Leaving Certificate, 1901
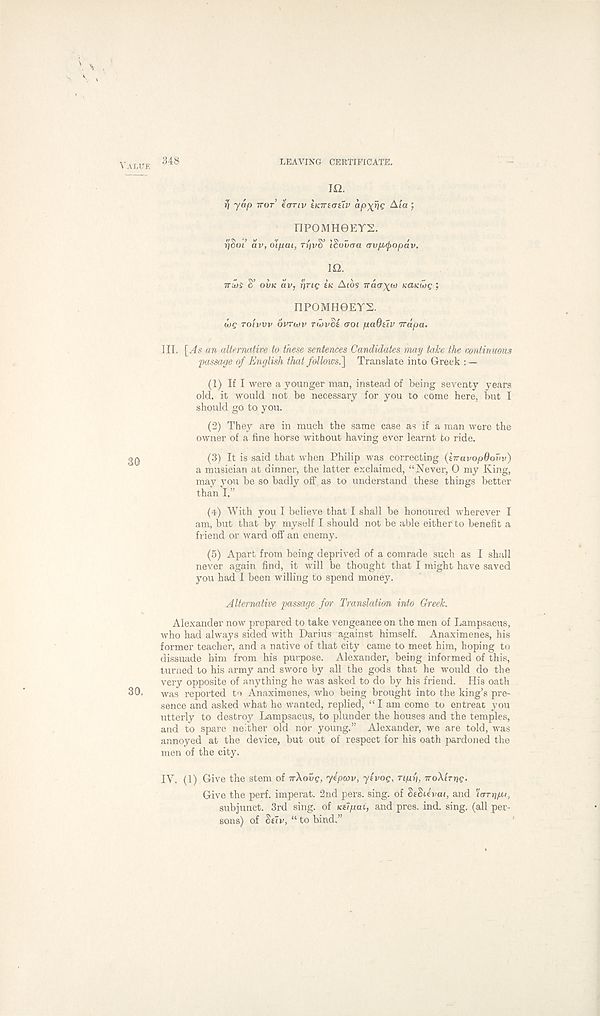
348
LEAVING CERTIFICATE.
IQ.
^ yap TTOT’ tanv hcntativ ap^rig Aia ;
nP0MH6EY2.
^Sot’ av, olpai, TI'IVS’ iSoucra avpyfpopdv.
IQ.
iru)i S’ OVK dv, ring IK Atos nda^co Katcwc j
nPOMH0EYS.
wc TOIVVV dvrwv rwvct trot paOtlv irdpa.
III. \_As an alternative to these sentences Candidates may take the continuous
passage of English that follows.'] Translate into Greek : —
(1) If I were a younger man, instead of being seventy years
old, it would not be necessary for you to come here, but I
should go to you.
(2) They are in much the same case as if a man wore the
owner of a fine horse without having ever learnt to ride.
gQ
(3) It is said that when Philip was correcting (iiravopQovv)
a musician at dinner, the latter exclaimed, “Never, 0 my King,
may you be so badly off. as to understand these things better
than I.”
(4) With you I believe that I shall be honoured wherever I
am, but that by myself I should not be able either to benefit a
friend or ward off' an enemy.
(5) Apart from being deprived of a comrade such as I shall
never again find, it will be thought that I might have saved
you had I been willing to spend money.
Alternative passage for Translation into Greek.
Alexander now prepared to take vengeance on the men of Lampsaeus,
who had always sided with Darius against himself. Anaximenes, his
former teacher, and a native of that city came to meet him, hoping to
dissuade him from his purpose. Alexander, being informed of this,
turned to his army and swore by all the gods that he would do the
very opposite of anything he was asked to do by his friend. His oath
30.
Was reported to Anaximenes, who being brought into the king’s pre-
sence and asked what he wanted, replied, “ I am come to entreat you
utterly to destroy Lampsacus, to plunder the houses and the temples,
and to spare neither old nor young.” Alexander, we are told, was
annoyed at the device, but out of respect for his oath pardoned the
men of the city.
IV. (1) Give the stem of TTXOOC, yepcov, yivog, Tipi), TroXtrrjc-
Give the perf. imperat. 2nd pers. sing, of StSuvai, and 'ianripu,
subjunct. 3rd sing, of Ktlpai, and pres. ind. sing, (all per-
sons) of StTv, “ to bind.”